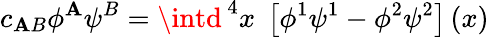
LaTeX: c_{\mathbf{A}B}\phi^{\mathbf{A}}\psi^{B}=\intd^{\, 4}x\; \left[\phi^{1}\psi^{1}-\phi^{2}\psi^{2}\right]\left(x\right)